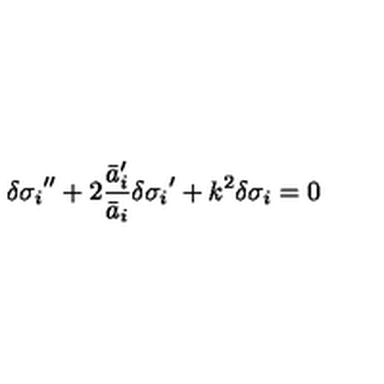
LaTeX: { \delta \sigma _ { i } } ^ { \prime \prime } + 2 \frac { { \bar { a } _ { i } ^ { \prime } } } { \bar { a } _ { i } } { \delta \sigma _ { i } } ^ { \prime } + k ^ { 2 } \delta \sigma _ { i } = 0